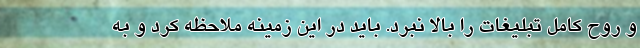
و روح کامل تبلیغات را بالا نبرد. باید در این زمینه ملاحظه کرد و به